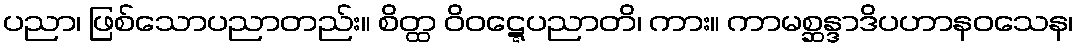
ပညာ၊ ဖြစ်သောပညာတည်း။ စိတ္ထ ဝိဝဋ္ဋေပညာတိ၊ ကား။ ကာမစ္ဆန္ဒာဒိပဟာနဝသေန၊